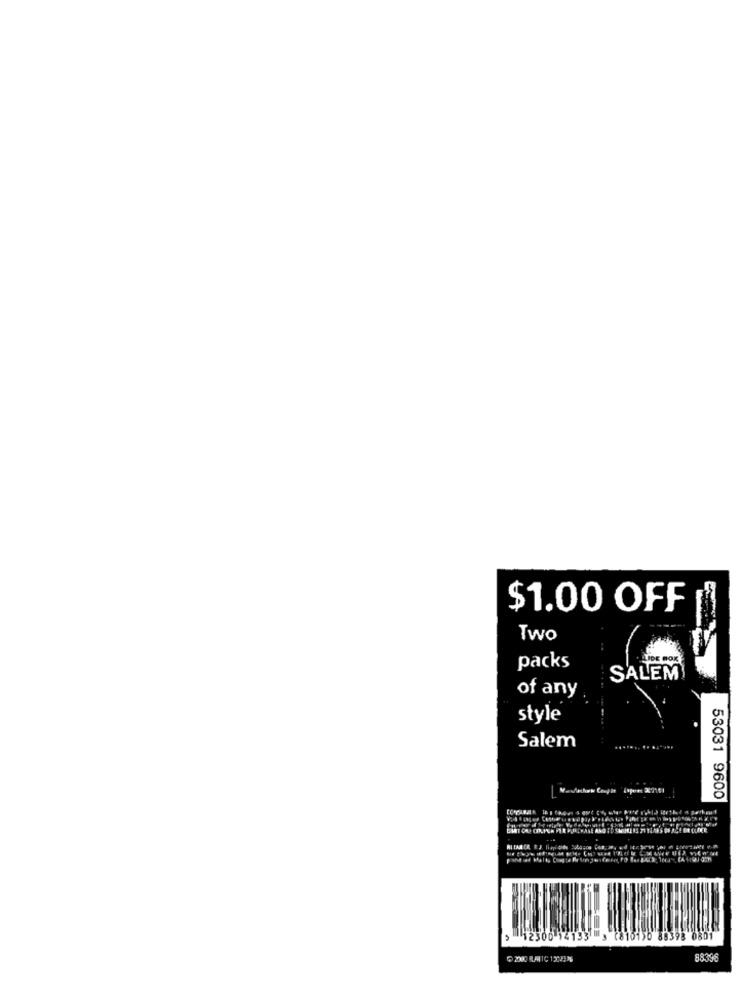
$1.00 OFF
Two
packs
SALEM
of any
style
Salem
53031 9600
2300 14133 3 (810150 88398 0801
88396